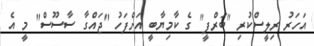
އަހަރު ރިލީސްކުރި "ބަރްފީ" ގެ ކާމިޔާބީ އަށްފަހު "ޖައްގާ ސާސޫސް" މީ އެ